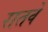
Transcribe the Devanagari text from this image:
रातवे